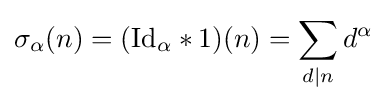
\sigma _{\alpha }(n)=({\textrm {Id}}_{\alpha }*1)(n)=\sum _{d\mid n}d^{\alpha }